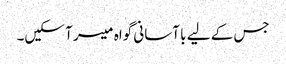
جس کے لیے با آسانی گواہ میسر آ سکیں۔